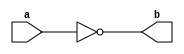
//This is for not logic.
module first(a, b); //Here a is input and b is output.
input a;
output b;
//here input and output taken as wire by default because we have not define it.
assign b = ~a;
endmodule